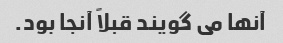
آنها می گویند قبلاً آنجا بود.